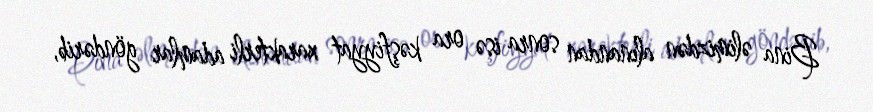
Bina əlimizdən alınandan sonra isə ora kəşfiyyat xarakterli adamlar göndərib,